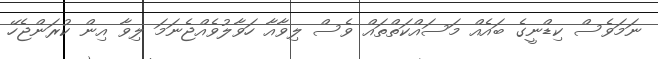
ނަމަވެސް ކިޑްނީގެ ބައެއް މަސައްކަތްތައް ވެސް ލިވާއާ ހަވާލުވެއްޖެނަމަ ލިވާ އިން ކުރަންޖެހޭ